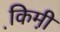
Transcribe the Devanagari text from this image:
कि़मी़